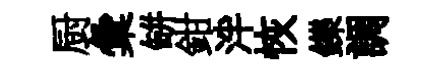
厨彙缾鉗泮恢鑠調